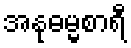
အနုဓမ္မစာရီ